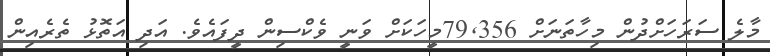
މާލެ ސަރަހަށްދުން މިހާތަނަށް 79